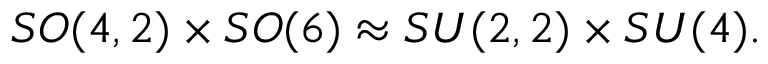
S O ( 4 , 2 ) \times S O ( 6 ) \approx S U ( 2 , 2 ) \times S U ( 4 ) .